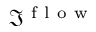
\Im ^ { \mathrm { ~ f ~ l ~ o ~ w ~ } }